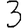
Digit: 3